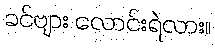
ခင်ဗျား လောင်းရဲလား။